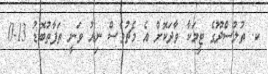
ކ. ތުލުސްދޫގެ ޓީމަކާ ވާދަކޮށް އެ މެޗުވެސް ނިއު ވަނީ ތަފާތުބޮޑު 13-0